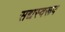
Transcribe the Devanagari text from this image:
सद्यस्वरूप